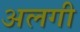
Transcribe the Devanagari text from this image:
अलगी